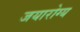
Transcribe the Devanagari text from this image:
जयारोग्य